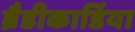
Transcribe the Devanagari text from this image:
ब्रैडीकार्डिया